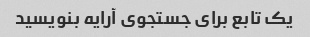
یک تابع برای جستجوی آرایه بنویسید